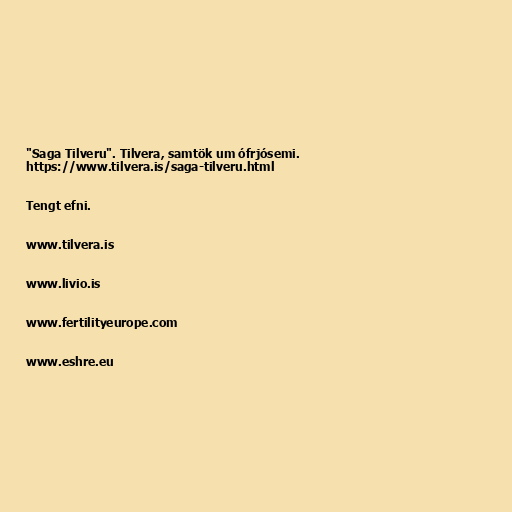
"Saga Tilveru". Tilvera, samtök um ófrjósemi.
https://www.tilvera.is/saga-tilveru.html

Tengt efni.

www.tilvera.is

www.livio.is

www.fertilityeurope.com

www.eshre.eu